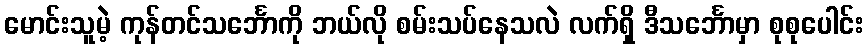
မောင်းသူမဲ့ ကုန်တင်သင်္ဘောကို ဘယ်လို စမ်းသပ်နေသလဲ လက်ရှိ ဒီသင်္ဘောမှာ စုစုပေါင်း